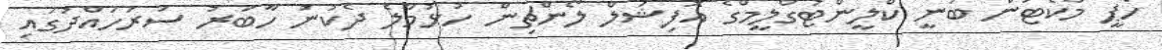
ހެޕީ މާކެޓުން ބުނީ ކްލީންޓުގްލީމްގެ އޮފިޝަލް ލޯންޗިން ހުޅުމާލެ ދެކުނު ހާބަރު ސަރަހައްދުގައި